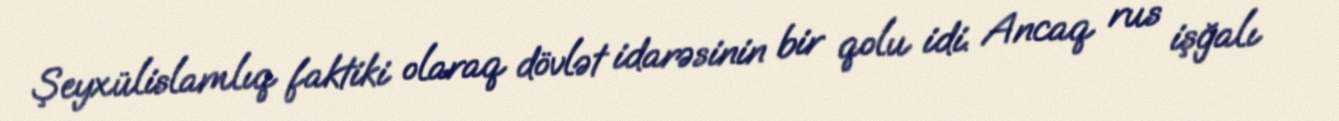
Şeyxülislamlıq faktiki olaraq dövlət idarəsinin bir qolu idi. Ancaq rus işğalı